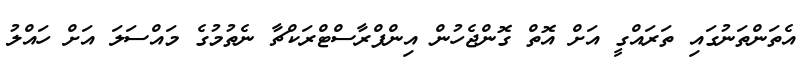
އެތަންތަނުގައި ތަރައްގީ އަށް އޮތް ގޮންޖެހުން އިންފްރާސްޓްރަކްޗާ ނެތުމުގެ މައްސަލަ އަށް ހައްލު